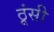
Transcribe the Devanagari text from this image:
ठूंसी